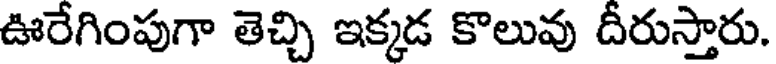
ఊరేగింపుగా తెచ్చి ఇక్కడ కొలువు దీరుస్తారు.